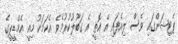
ޕެޓިޝަންގައި ވެސް ލިއެފައި އެ އޮތީ އެ ގަބޫލުކުރުމެވެ އެކަމަކު މިއީ އެމްޑީޕީގެ